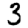
Digit: 3